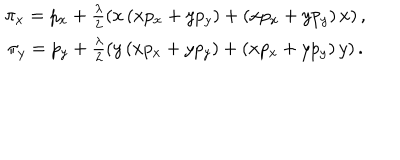
LaTeX: \begin{array} { c } { { \pi _ { x } = p _ { x } + \frac { \lambda } { 2 } \left( x \left( x p _ { x } + y p _ { y } \right) + \left( x p _ { x } + y p _ { y } \right) x \right) , } } \\ { { \pi _ { y } = p _ { y } + \frac { \lambda } { 2 } \left( y \left( x p _ { x } + y p _ { y } \right) + \left( x p _ { x } + y p _ { y } \right) y \right) . } } \\ \end{array}